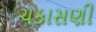
ચકાસણી